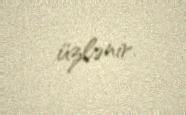
üzlənir.